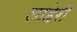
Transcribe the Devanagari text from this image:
लाहेरी